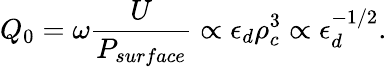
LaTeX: Q_{0}=\omega\frac{U}{P_{surface}}\propto\epsilon_{d}\rho_{c}^{3}\propto\epsilon_{d}^{-1/2}.